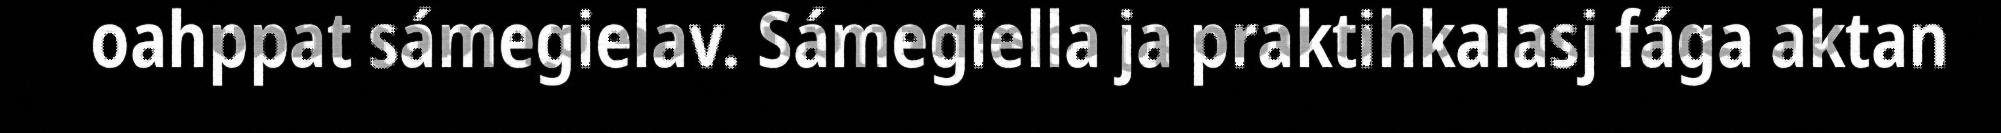
oahppat sámegielav. Sámegiella ja praktihkalasj fága aktan